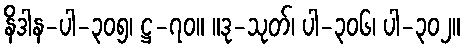
နိဒါန-ပါ-၃၀၅၊ ဋ္ဌ-၇၀။ ။ဒု-သုတ်၊ ပါ-၃၀၆၊ ပါ-၃၀၂။